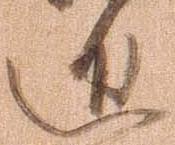
進